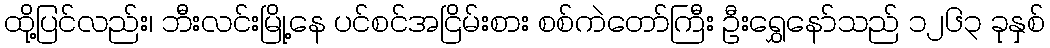
ထို့ပြင်လည်း၊ ဘီးလင်းမြို့နေ ပင်စင်အငြိမ်းစား စစ်ကဲတော်ကြီး ဦးရွှေနော်သည် ၁၂၆၃ ခုနှစ်